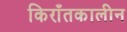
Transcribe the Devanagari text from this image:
किराँतकालीन